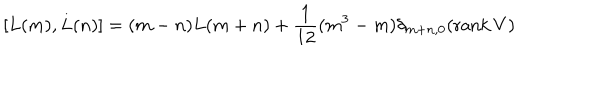
LaTeX: [ L ( m ) , L ( n ) ] = ( m - n ) L ( m + n ) + \frac { 1 } { 1 2 } ( m ^ { 3 } - m ) \delta _ { m + n , 0 } ( \mathrm { r a n k } \, V )